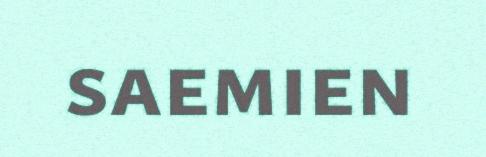
saemien